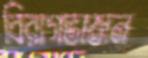
বিরাগভাজন